Indian journal of veterinary science and animal husbandry - Volumes 26-27, 1956-1957
Year: 1956
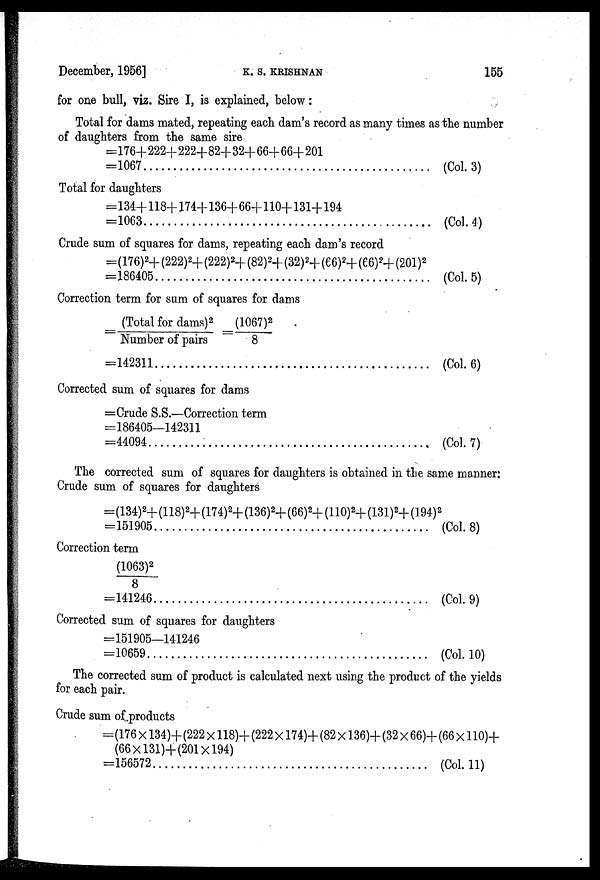
December, 1956]
K.
S.
KRISHNAN
155
for one bull, viz. Sire I, is explained, below :
Total for dams mated, repeating each dam's record as many times as the number
of daughters from the same sire
=176+222+222+82+32+66+66+201
=1067
(Col. 3)
Total for daughters
=134+118+174+136+66+110+131+194
=1063
(Col. 4)
Crude sum of squares for dams, repeating each dam's record
=(176) 2 +(222) 2 +(222) 2 +(82) 2 +(32) 2 +(66) 2 +(66) 2 +(201) 2
=186405
(Col. 5)
Correction term for sum of squares for dams
= (Total for dams) 2 / Number of pairs = (1067) 2 / 8
=142311
(Col. 6)
Corrected sum of squares for dams
=Crude S.S.—Correction term
=186405—142311
=44094
(Col. 7)
The corrected sum of squares for daughters is obtained in the same manner:
Crude sum of squares for daughters
=(134) 2 +(118) 2 +(174) 2 +(136) 2 +(66) 2 +(110) 2 +(131) 2 +(194) 2
=151905
(Col. 8)
Correction term
(1063) 2 / 8
=141246
(Col. 9)
Corrected sum of squares for daughters
=151905—141246
=10659
(Col. 10)
The corrected sum of product is calculated next using the product of the yields
for each pair.
Crude sum of products
=(176 × 134)+(222 × 118)+(222 × 174)+(82 × 136)+(32 × 66)+(66 × 110)+
(66 × 131)+(201 × 194)
=156572.
(Col. 11)